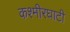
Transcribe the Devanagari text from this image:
कश्मीरघाटी